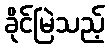
ခိုင်မြဲသည့်